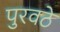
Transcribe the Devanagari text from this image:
पुरवठे